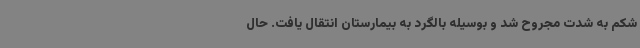
شکم به شدت مجروح شد و بوسیله بالگرد به بیمارستان انتقال یافت. حال